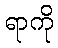
ရာကို